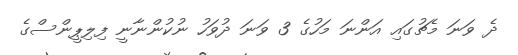
ދެ ވަނަ މެޗުގައި އަންނަ މަހުގެ 3 ވަނަ ދުވަހު ނުކުންނާނީ ފިލިޕީންސްގެ